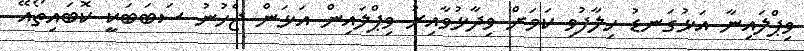
ވިޕްލައިނާ އަޅުގަނޑު ހިލާފުވި ކަމަށް ވިދާޅުވާއިރު ވިޕްލައިން އަޅަން ޖެހުނު ސަބަބަކީ ކޮބައިތޯއޭ